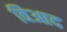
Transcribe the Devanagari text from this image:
विआद